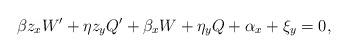
\begin{align*}& \beta z_{x}W^{\prime}+\eta z_{y} Q^{\prime}+\beta_{x}W+\eta_{y}Q+\alpha_{x}+\xi_{y}=0,\end{align*}